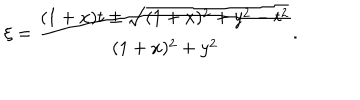
\xi = \frac { ( 1 + x ) t \pm \sqrt { ( 1 + x ) ^ { 2 } + y ^ { 2 } - t ^ { 2 } } } { ( 1 + x ) ^ { 2 } + y ^ { 2 } } .